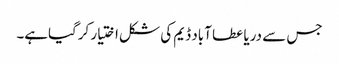
جس سے دریا عطا آباد ڈیم کی شکل اختیار کرگیاہے۔